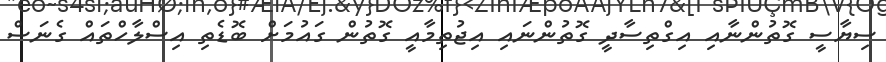
ސިޔާސީ ގޮތުންނާއި އިގްތިސާދީ ގޮތުންނައި އިޖުތިމާއީ ގޮތުން ގައުމަށް ބޮޑެތި އިސްލާހްތައް ގެނަސް